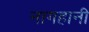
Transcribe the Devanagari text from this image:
नागहानी